Leprosy in India: report of the Leprosy Commission in India, 1890-91
Year: 1890
Disease focus: Leprosy
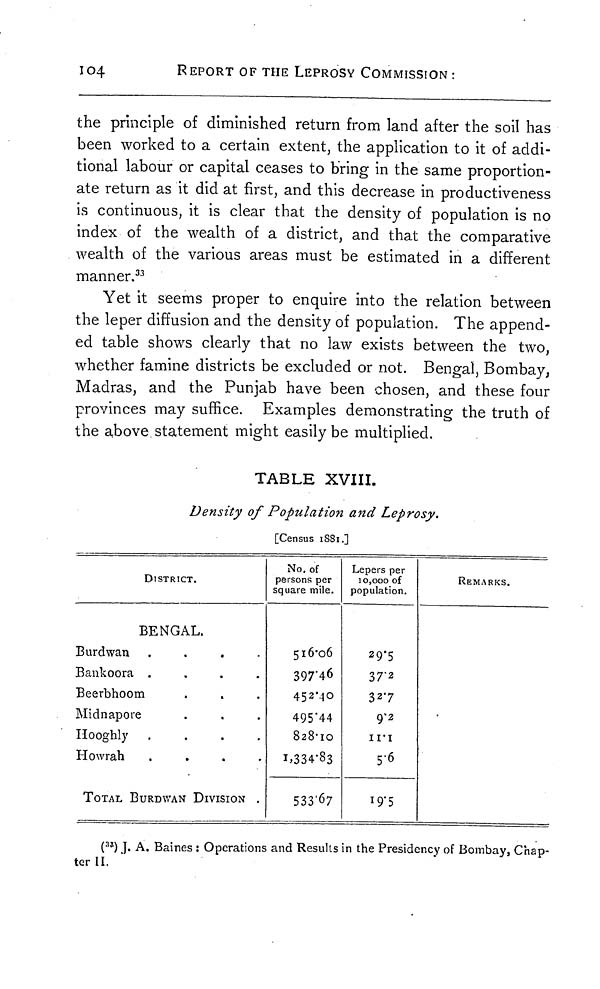
104
REPORT OF THE LEPROSY COMMISSION :
the principle of diminished return from land after the soil has
been worked to a certain extent, the application to it of addi-
tional labour or capital ceases to bring in the same proportion-
ate return as it did at first, and this decrease in productiveness
is continuous, it is clear that the density of population is no
index of the wealth of a district, and that the comparative
wealth of the various areas must be estimated in a different
manner. 33
Yet it seems proper to enquire into the relation between
the leper diffusion and the density of population. The append-
ed table shows clearly that no law exists between the two,
whether famine districts be excluded or not. Bengal, Bombay,
Madras, and the Punjab have been chosen, and these four
provinces may suffice. Examples demonstrating the truth of
the above statement might easily be multiplied.
TABLE XVIII.
Density of Population and Leprosy.
[Census 1881.]
DISTRICT.
BENGAL.
Burdwan
....
Bankoora
....
Beerbhoom
Midnapore
Hooghly
....
Howrah
....
TOTAL BURDWAN DIVISION .
No. of
persons per
square mile.
516.06
397.46
452.40
495.44
828.10
1,334.83
533.67
Lepers per
10,000 of
population.
29.5
37.2
32.7
9.2
5.6
19.5
REMARKS.
( 33 ) J. A. Baines : Operations and Results in the Presidency of Bombay, Chap-
ter II.